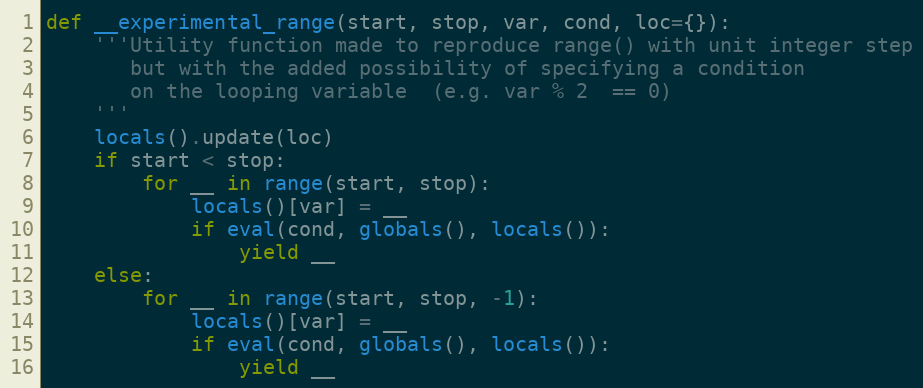
Language: Python
def __experimental_range(start, stop, var, cond, loc={}):
    '''Utility function made to reproduce range() with unit integer step
       but with the added possibility of specifying a condition
       on the looping variable  (e.g. var % 2  == 0)
    '''
    locals().update(loc)
    if start < stop:
        for __ in range(start, stop):
            locals()[var] = __
            if eval(cond, globals(), locals()):
                yield __
    else:
        for __ in range(start, stop, -1):
            locals()[var] = __
            if eval(cond, globals(), locals()):
                yield __